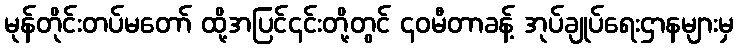
မုန်တိုင်းတပ်မတော် ထို့အပြင်၎င်းတို့တွင် ၄၀မီတာခန့် အုပ်ချုပ်ရေးဌာနများမှ